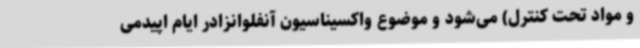
و مواد تحت کنترل) می‌شود و موضوع واکسیناسیون آنفلوانزادر ایام اپیدمی